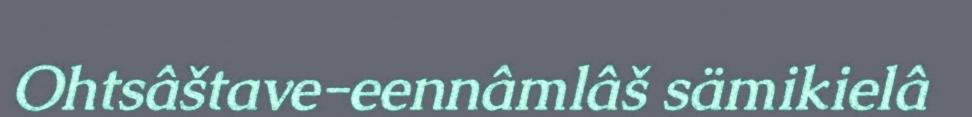
Ohtsâštave-eennâmlâš sämikielâ